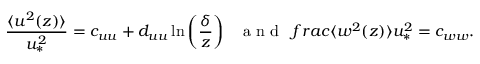
\frac { \langle u ^ { 2 } ( z ) \rangle } { u _ { \ast } ^ { 2 } } = c _ { u u } + d _ { u u } \ln \left( \frac { \delta } { z } \right) \ \ \mathrm { ~ a ~ n ~ d ~ } \ \, f r a c { \langle w ^ { 2 } ( z ) \rangle } { u _ { \ast } ^ { 2 } } = c _ { w w } .